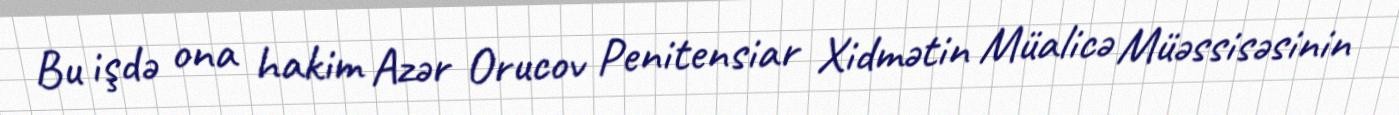
Bu işdə ona hakim Azər Orucov Penitensiar Xidmətin Müalicə Müəssisəsinin